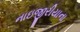
નાઇજીરીયાના